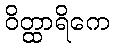
ဝိတ္ထာရိကေ